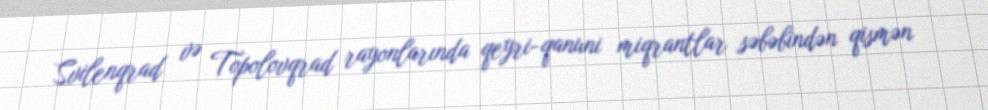
Svilenqrad və Topolovqrad rayonlarında qeyri-qanuni miqrantlar səbəbindən qismən